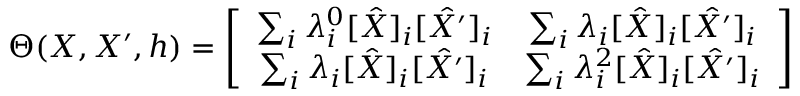
\Theta ( X , X ^ { \prime } , h ) = \left[ { \begin{array} { c c } { \sum _ { i } \lambda _ { i } ^ { 0 } [ \hat { X } ] _ { i } [ \hat { X ^ { \prime } } ] _ { i } } & { \sum _ { i } \lambda _ { i } [ \hat { X } ] _ { i } [ \hat { X ^ { \prime } } ] _ { i } } \\ { \sum _ { i } \lambda _ { i } [ \hat { X } ] _ { i } [ \hat { X ^ { \prime } } ] _ { i } } & { \sum _ { i } \lambda _ { i } ^ { 2 } [ \hat { X } ] _ { i } [ \hat { X ^ { \prime } } ] _ { i } } \end{array} } \right]